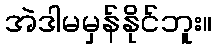
အဲဒါမမှန်နိုင်ဘူး။